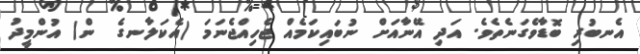
އެނބުރި ބޮޑާވެގަނެތެވެ. އަދި އޭނާއަށް ނުބައިކަމެއް ޖެހިއްޖެނަމަ (އެކަލާނގެ  ން) އުންމީދު